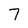
Character: 7